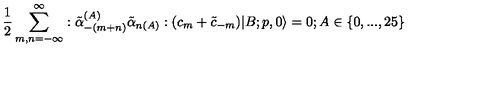
\frac { 1 } { 2 } \sum _ { m , n = - \infty } ^ { \infty } : \tilde { \alpha } _ { - ( m + n ) } ^ { ( A ) } \tilde { \alpha } _ { n ( A ) } : ( c _ { m } + \tilde { c } _ { - m } ) | B ; p , 0 \rangle = 0 ; A \in \{ 0 , . . . , 2 5 \}